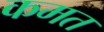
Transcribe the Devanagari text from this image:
कमत